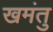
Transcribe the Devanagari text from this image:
खमंतु